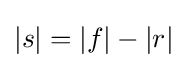
|s|=|f|-|r|